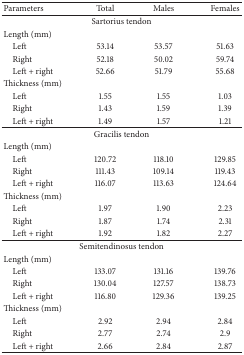
| Parameters | Total | Males | Females |
 | --- | --- | --- | --- |
 | <COLSPAN=4> Sartorius tendon |
 | Length (mm) |  |  |  |
 | Left | 53.14 | 53.57 | 51.63 |
 | Right | 52.18 | 50.02 | 59.74 |
 | Left + right | 52.66 | 51.79 | 55.68 |
 | Thickness (mm) |  |  |  |
 | Left | 1.55 | 1.55 | 1.03 |
 | Right | 1.43 | 1.59 | 1.39 |
 | Left + right | 1.49 | 1.57 | 1.21 |
 | <COLSPAN=4> Gracilis tendon |
 | Length (mm) |  |  |  |
 | Left | 120.72 | 118.10 | 129.85 |
 | Right | 111.43 | 109.14 | 119.43 |
 | Left + right | 116.07 | 113.63 | 124.64 |
 | Thickness (mm) |  |  |  |
 | Left | 1.97 | 1.90 | 2.23 |
 | Right | 1.87 | 1.74 | 2.31 |
 | Left + right | 1.92 | 1.82 | 2.27 |
 | <COLSPAN=4> Semitendinosus tendon |
 | Length (mm) |  |  |  |
 | Left | 133.07 | 131.16 | 139.76 |
 | Right | 130.04 | 127.57 | 138.73 |
 | Left + right | 116.80 | 129.36 | 139.25 |
 | Thickness (mm) |  |  |  |
 | Left | 2.92 | 2.94 | 2.84 |
 | Right | 2.77 | 2.74 | 2.9 |
 | Left + right | 2.66 | 2.84 | 2.87 |